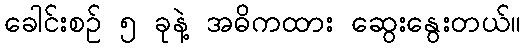
ခေါင်းစဉ် ၅ ခုနဲ့ အဓိကထား ဆွေးနွေးတယ်။